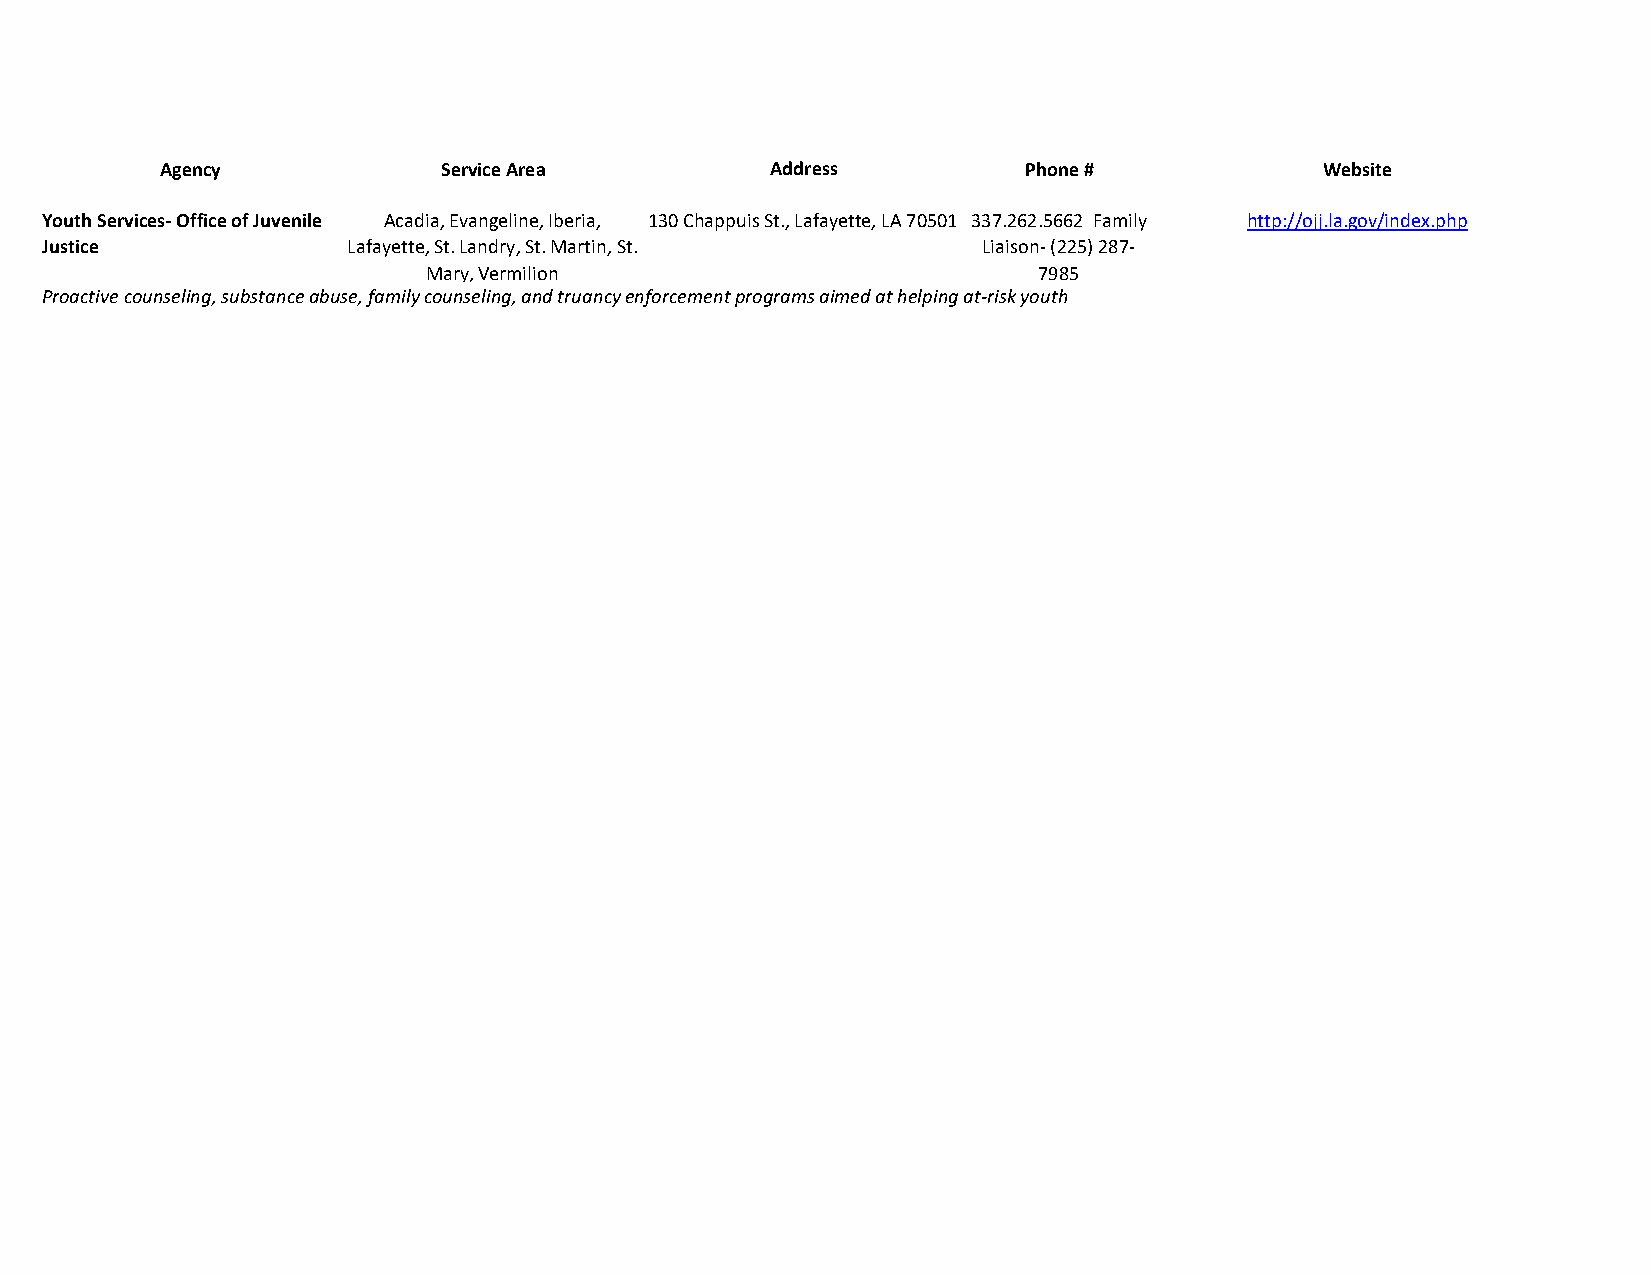
Agency            Service Area          Address          Phone #             Website
 Youth Services- Office of Juvenile Acadia, Evangeline, Iberia, 130 Chappuis St., Lafayette, LA 70501 337.262.5662 Family http://ojj.la.gov/index.php
 Justice             Lafayette, St. Landry, St. Martin, St.    Liaison- (225) 287-
 Mary, Vermilion                          7985
 Proactive counseling, substance abuse, family counseling, and truancy enforcement programs aimed at helping at-risk youth